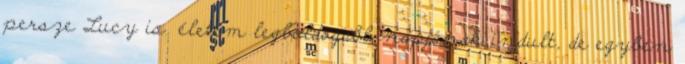
persze Lucy is. életem legboldogabb napjának indult, de egyben